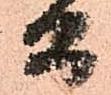
而